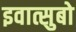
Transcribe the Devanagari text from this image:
इवात्सुबो